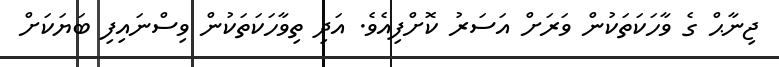
ޖިނާޙް ގެ ވާހަކަތަކުން ވަރަށް އަސަރު ކޮށްފިއެވެ. އަދި ތިވާހަކަތަކުން ވިސްނައިފި ބަޔަކަށް